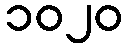
၁၀၂၀